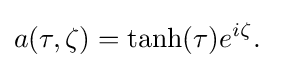
a(\tau ,\zeta )=\tanh(\tau )e^{i\zeta }.\